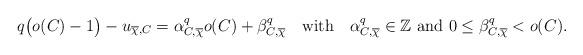
LaTeX: \begin{align*}q\big(o(C)-1\big)-u_{\overline{\chi},C}=\alpha_{C,\overline{\chi}}^{q}o(C)+\beta_{C,\overline{\chi}}^{q}\quad\mathrm{with}\quad\alpha_{C,\overline{\chi}}^{q}\in\mathbb{Z}\ \mathrm{and}\ 0\leq\beta_{C,\overline{\chi}}^{q}<o(C). \end{align*}